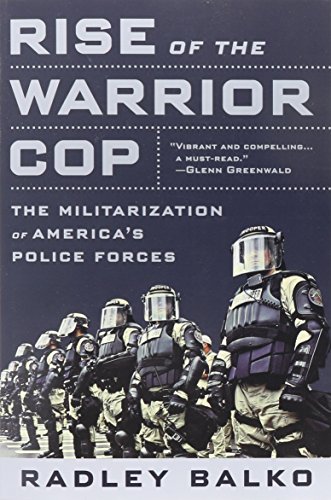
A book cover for Rise of the Warrior Cop: The Militarization of America's Police Forces; Radley Balko; Law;